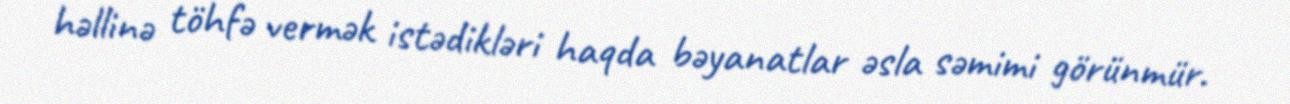
həllinə töhfə vermək istədikləri haqda bəyanatlar əsla səmimi görünmür.